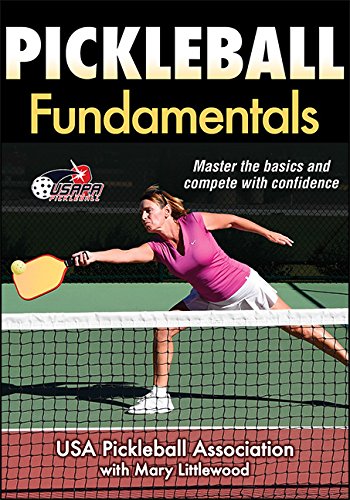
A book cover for Pickleball Fundamentals; USA Pickleball Association; Sports & Outdoors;